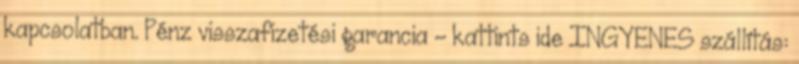
kapcsolatban. Pénz visszafizetési garancia - kattints ide INGYENES szállítás: